65_HS1-834228961_62-HQ-83894_Section_1
Agency: FBI
Page 20
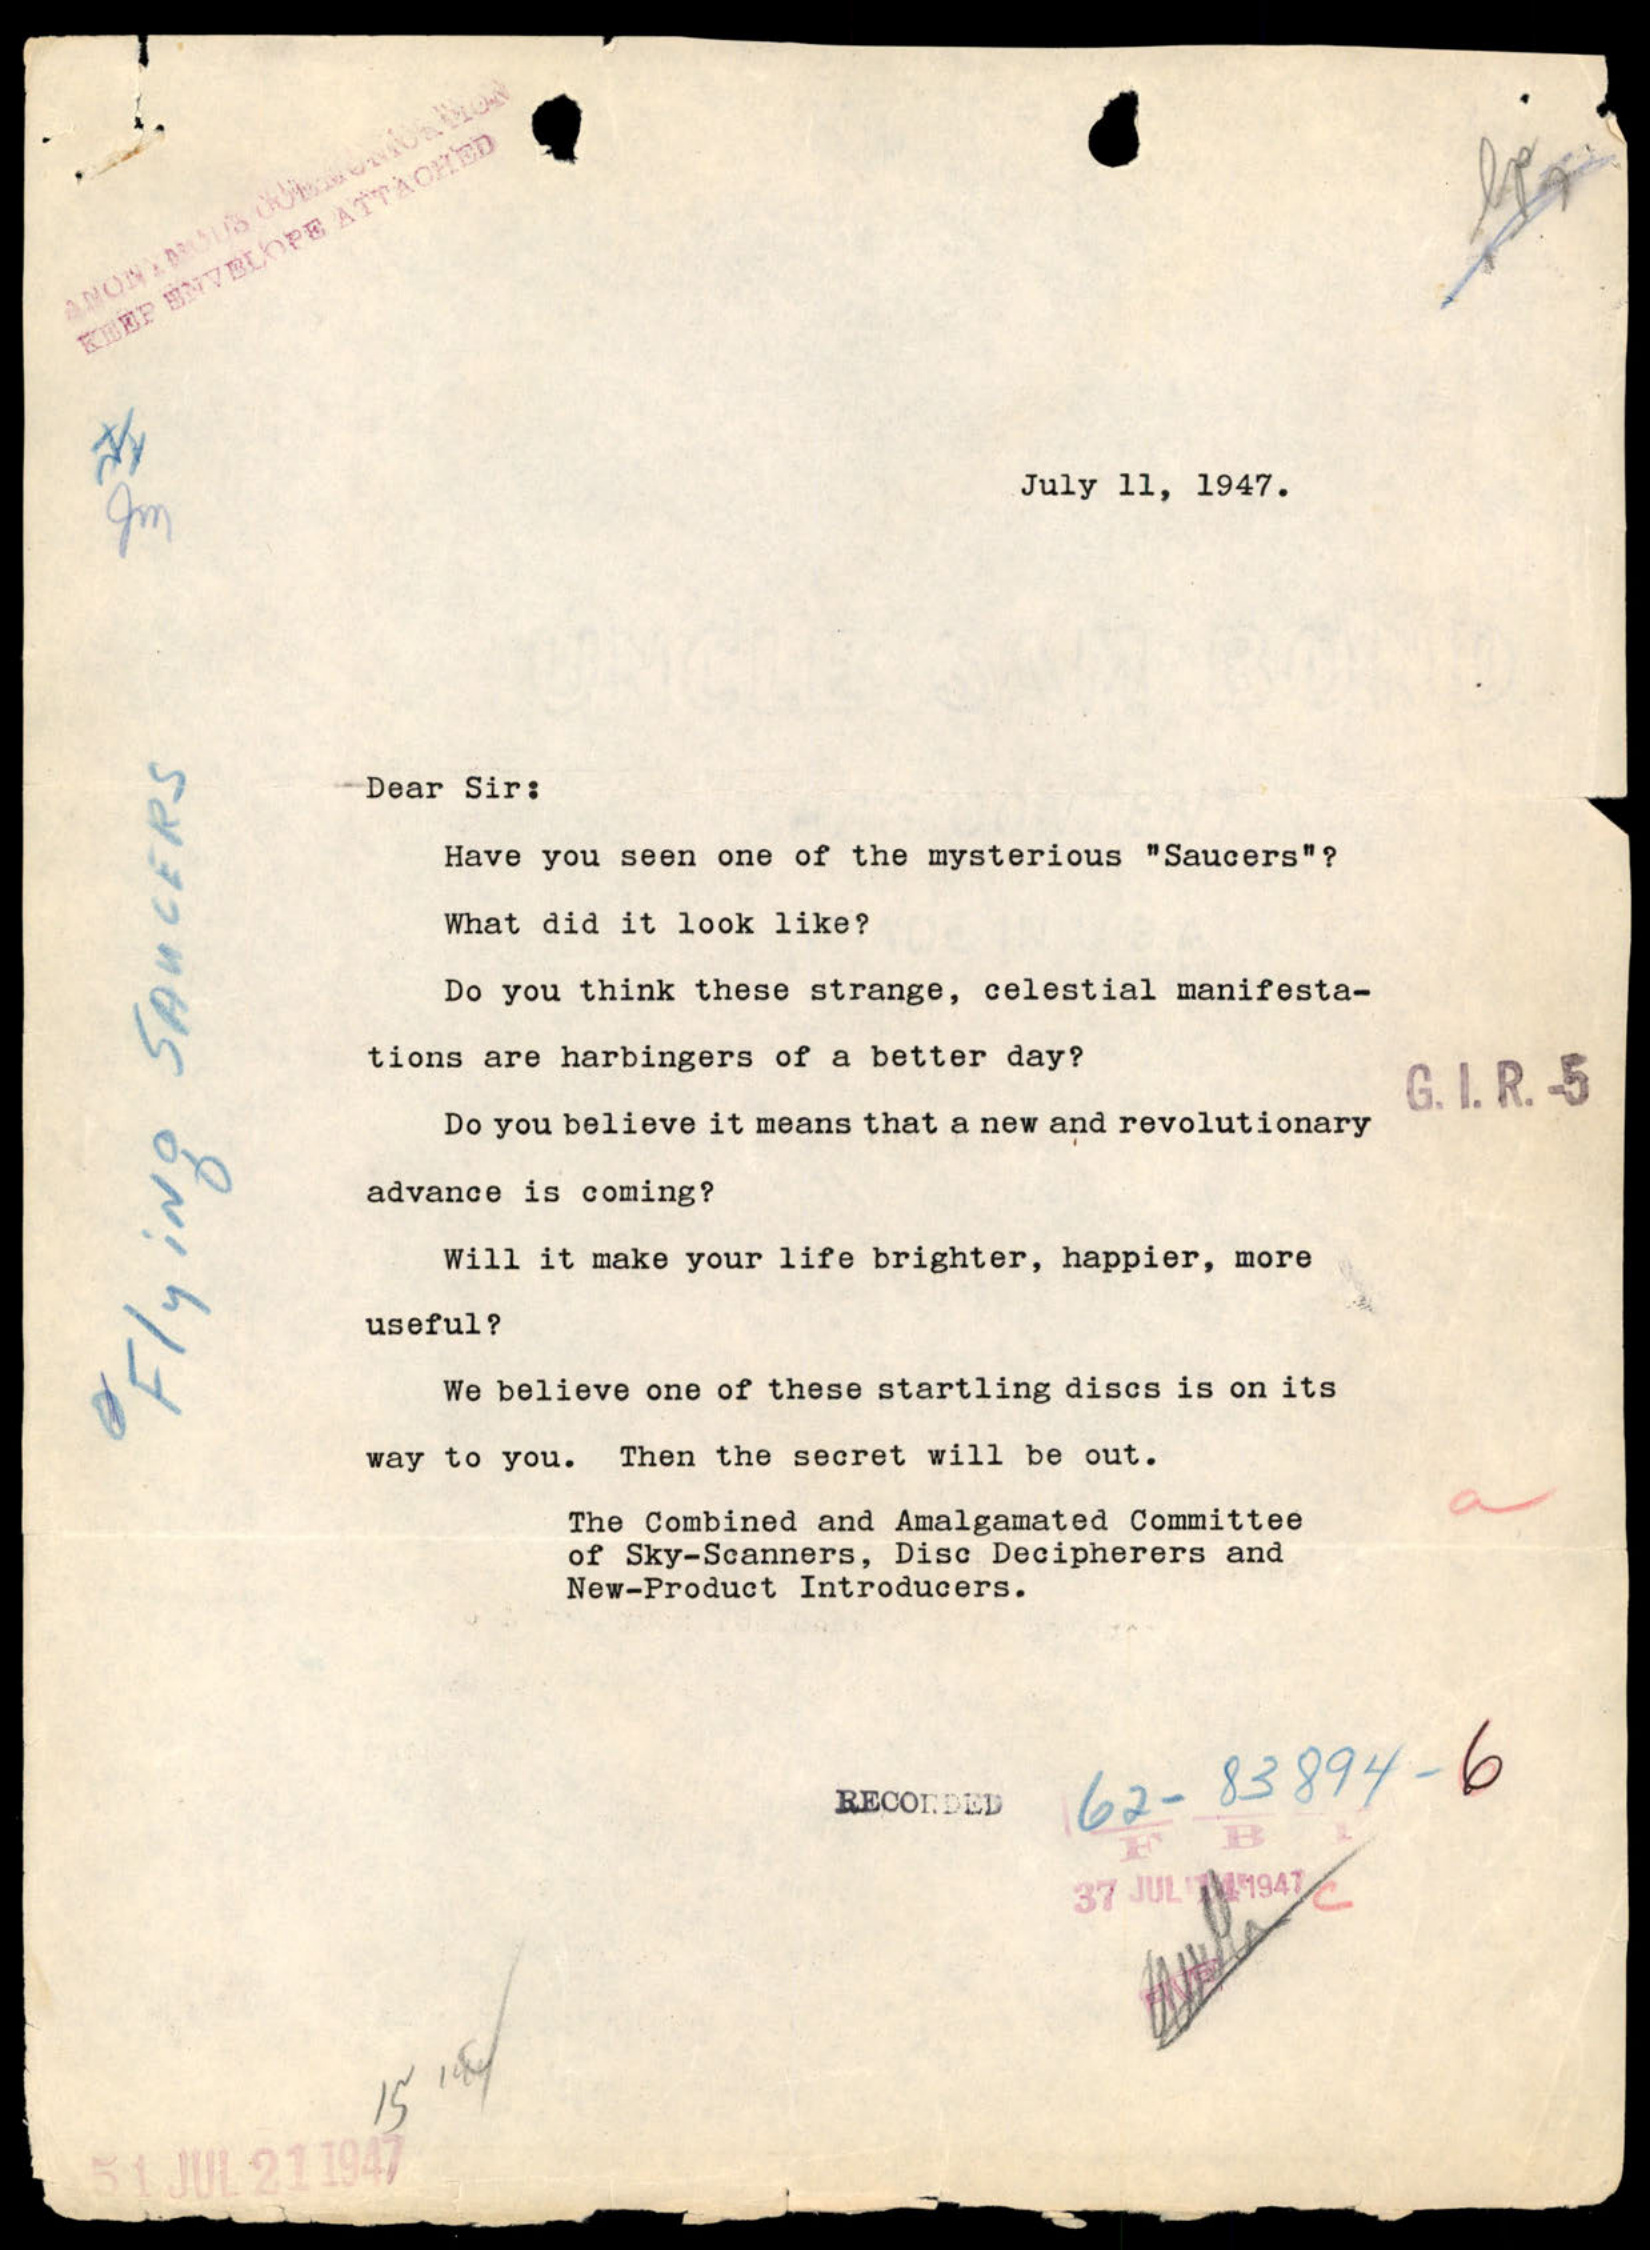